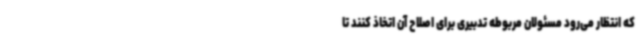
که انتظار می‌رود مسئولان مربوطه تدبیری برای اصلاح آن اتخاذ کنند تا